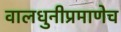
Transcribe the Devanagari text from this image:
वालधुनीप्रमाणेच